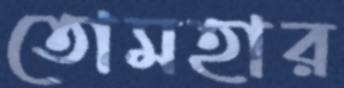
তোমহার